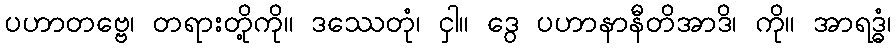
ပဟာတဗ္ဗေ၊ တရားတို့ကို။ ဒဿေတုံ၊ ငှါ။ ဒွေ ပဟာနာနီတိအာဒိ၊ ကို။ အာရဒ္ဓံ၊